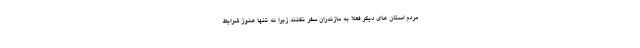
مردم استان های دیگر فعلا به مازندران سفر نکنند زیرا نه تنها هنوز شرایط